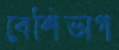
বেশিভাগ